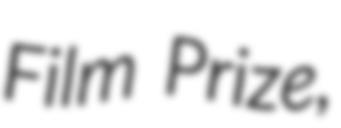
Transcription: Film Prize,